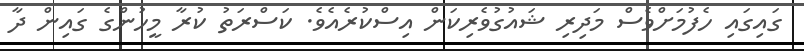
ގައިގައި ހެފުމަށްވެސް މަދިރި ޝައުގުވެރިކަން އިސްކުރެއެވެ. ކަސްރަތު ކުރާ މީހުންގެ ގައިން ދާ